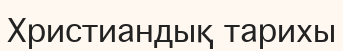
Христиандық тарихы